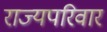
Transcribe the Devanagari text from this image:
राज्यपरिवार